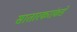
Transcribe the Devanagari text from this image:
सातारकरांकडे